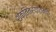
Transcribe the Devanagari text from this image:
शक्तित्रयात्मक